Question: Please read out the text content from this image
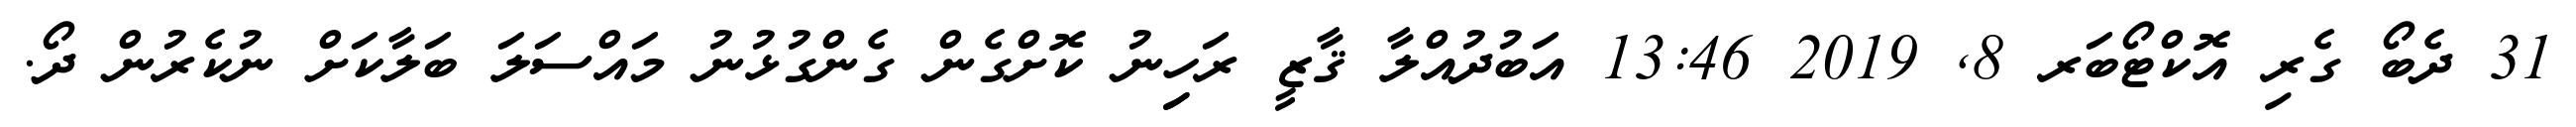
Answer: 31 ދެބޯ ގެރި އޮކްޓޯބަރ 8, 2019 13:46 އަބުދުއްލާ ޤާޒީ ރަހިިނު ކޮށްގެން ގެންގުޅުނު މައްސަލަ ބަލާކަށް ނުކެރުން ދޯ.